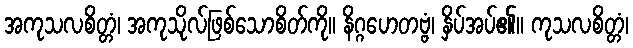
အကုသလစိတ္တံ၊ အကုသိုလ်ဖြစ်သောစိတ်ကို။ နိဂ္ဂဟေတဗ္ဗံ၊ နှိပ်အပ်၏။ ကုသလစိတ္တံ၊